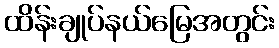
ထိန်းချုပ်နယ်မြေအတွင်း